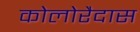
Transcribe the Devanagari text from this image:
कोलोरैदास